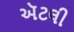
ઍટલી